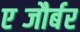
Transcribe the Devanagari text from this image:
एब्जौर्बर